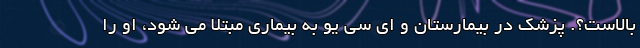
بالاست؟. پزشک در بیمارستان و ای سی یو به بیماری مبتلا می شود، او را